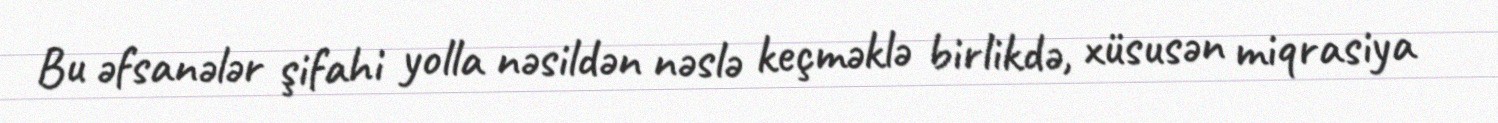
Bu əfsanələr şifahi yolla nəsildən nəslə keçməklə birlikdə, xüsusən miqrasiya